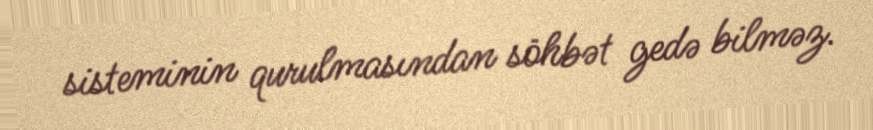
sisteminin qurulmasından söhbət gedə bilməz.